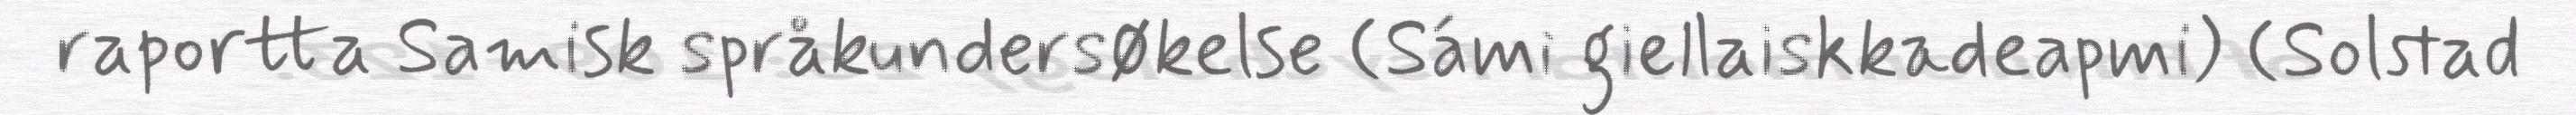
raportta Samisk språkundersøkelse (Sámi giellaiskkadeapmi) (Solstad